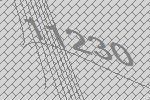
11230